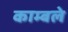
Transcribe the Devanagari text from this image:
काम्बले